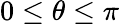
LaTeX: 0\le\theta\le\pi